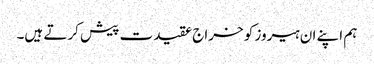
ہم اپنے ان ہیروز کو خراج عقیدت پیش کرتے ہیں۔